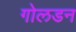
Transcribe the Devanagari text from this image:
गोलडन